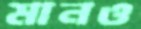
মানও